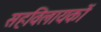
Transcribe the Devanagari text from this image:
सहविलायकों